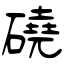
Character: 磽